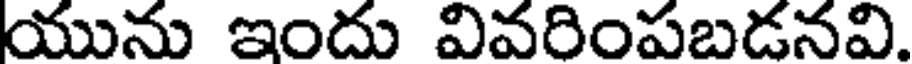
యును ఇందు వివరింపబడనవి.